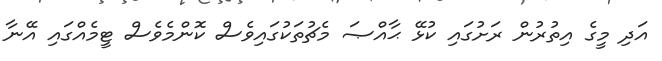
އަދި މީގެ އިތުރުން ރަށުގައި ކުޅޭ ޙާއްޞަ މެޗުތަކުގައިވެސް ކޮންމެވެސް ޓީމެއްގައި އޭނާ